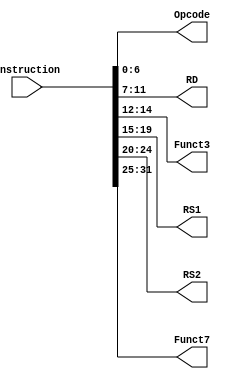
`timescale 1ns / 1ps
//////////////////////////////////////////////////////////////////////////////////
// Company: 
// Engineer: 
// 
// Design Name: 
// Module Name: Instruction_Parser
// Project Name: 
// Target Devices: 
// Tool Versions: 
// Description: 
// 
// Dependencies: 
// 
// Revision:
// Revision 0.01 - File Created
// Additional Comments:
// 
//////////////////////////////////////////////////////////////////////////////////

module Instruction_Parser(
    input [31:0] Instruction,
    output [6:0] Opcode,
    output [4:0] RD,
    output [2:0] Funct3,
    output [4:0] RS1,
    output [4:0] RS2,
    output [6:0] Funct7
    );
    assign Opcode = Instruction[6:0];
    assign RD = Instruction[11:7];
    assign Funct3 = Instruction[14:12];
    assign RS1 = Instruction[19:15];
    assign RS2 = Instruction[24:20];
    assign Funct7 = Instruction[31:25];
endmodule